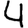
Digit: 4